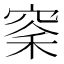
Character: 𫁏